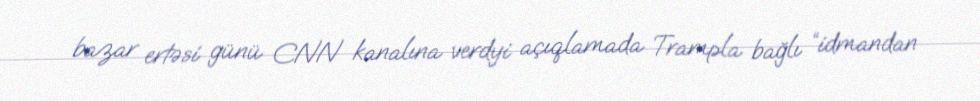
bazar ertəsi günü CNN kanalına verdyi açıqlamada Trampla bağlı “idmandan